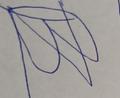
Signature authenticity: forged